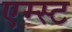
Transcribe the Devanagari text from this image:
एम्स्ट